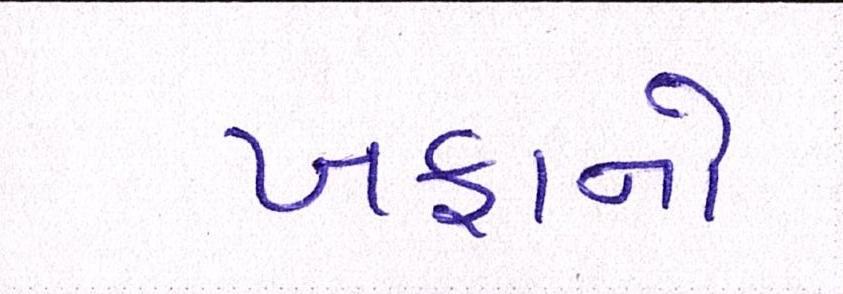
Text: ખફાનો